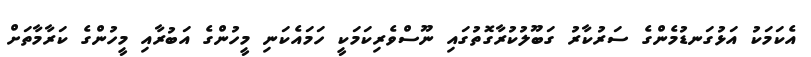
އެކަމަކު އަޅުގަނޑުމެންގެ ސަރުކާރު ގަބޫލުކުރާގޮތުގައި ނޫސްވެރިކަމަކީ ހަމައެކަނި މީހުންގެ އަބުރާއި މީހުންގެ ކަރާމާތަށް